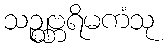
သဉ္ဈဗ္ဘရိမကံသု